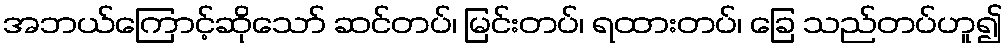
အဘယ်ကြောင့်ဆိုသော် ဆင်တပ်၊ မြင်းတပ်၊ ရထားတပ်၊ ခြေ သည်တပ်ဟူ၍